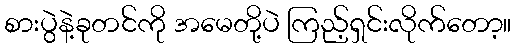
စားပွဲနဲ့ခုတင်ကို အမေတို့ပဲ ကြည့်ရှင်းလိုက်တော့။